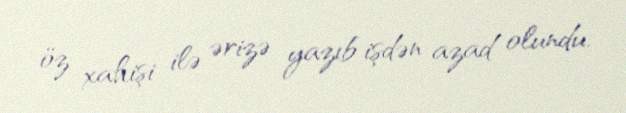
öz xahişi ilə ərizə yazıb işdən azad olundu.